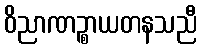
ဝိညာဏဉ္စာယတနသညီ